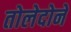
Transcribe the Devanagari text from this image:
तोलेदोने